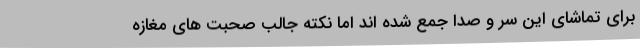
برای تماشای این سر و صدا جمع شده اند اما نکته جالب صحبت های مغازه